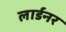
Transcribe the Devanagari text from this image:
लार्डनर